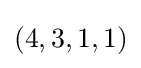
(4,3,1,1)